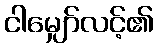
ငါမျှော်လင့်၏